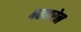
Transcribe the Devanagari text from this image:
बहतरेन